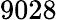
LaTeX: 9028